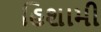
હિશામી